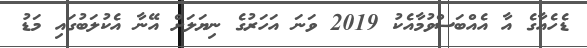
ޑެހެއާގެ އާ އެއްބަސްވުމާއެކު 2019 ވަނަ އަހަރުގެ ނިޔަލަށް އޭނާ އެކުލަބުގައި މަޑު